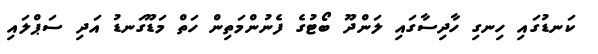
ކަނޑުގައި ހިނގި ހާދިސާގައި ލަންދޫ ބޯޓުގެ ފެނުންމަތިން ހަތް މަޑޫގަނޑު އަދި ސަޕްލައި